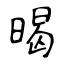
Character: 暍